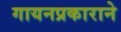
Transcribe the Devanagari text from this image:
गायनप्रकाराने